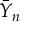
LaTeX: { \bar { Y } } _ { n }